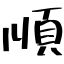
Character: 順